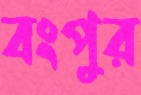
বংপুর